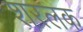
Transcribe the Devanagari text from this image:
शरलक